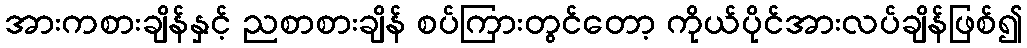
အားကစားချိန်နှင့် ညစာစားချိန် စပ်ကြားတွင်တော့ ကိုယ်ပိုင်အားလပ်ချိန်ဖြစ်၍